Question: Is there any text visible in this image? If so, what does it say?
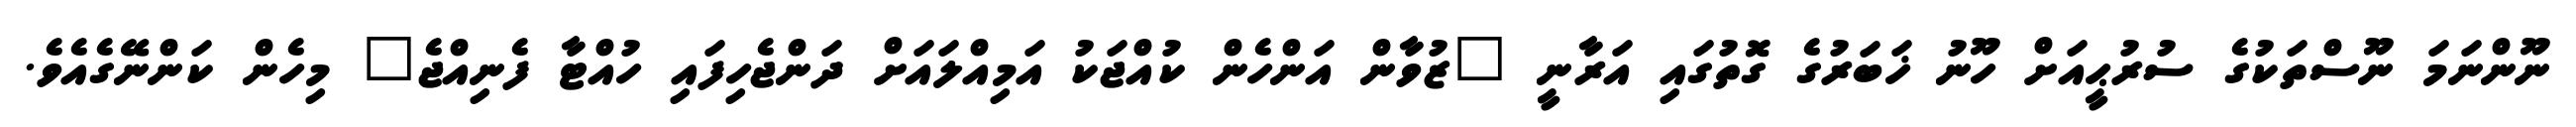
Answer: ނޫންނަމަ ނޫސްތަކުގެ ސުރުޙީއަށް ހޫނު ޚަބަރުގެ ގޮތުގައި އަރާނީ "ޒުވާން އަންހެން ކުއްޖަކު އަމިއްލައަށް ދަންޖެހިފައި ހުއްޓާ ފެނިއްޖެ" މިހެން ކަންނޭގެއެވެ.